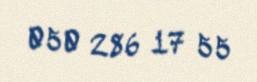
050 286 17 55